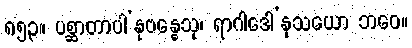
၈၅၃။ ပစ္ဆာတာပါ’နုဗန္ဓေသု၊ ရာဂါဒေါ’နုသယော ဘဝေ။